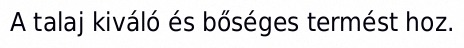
A talaj kiváló és bőséges termést hoz.